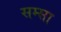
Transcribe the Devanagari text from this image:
सम्सा